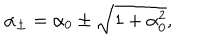
\alpha _ { \pm } = \alpha _ { 0 } \pm \sqrt { 1 + \alpha _ { 0 } ^ { 2 } } ,